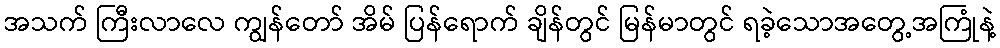
အသက် ကြီးလာလေ ကျွန်တော် အိမ် ပြန်ရောက် ချိန်တွင် မြန်မာတွင် ရခဲ့သောအတွေ့အကြုံနဲ့